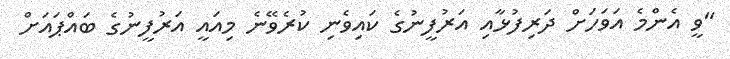
"ވީ އެންމެ އަވަހަށް ދަރިފުޅާއި އަރުފީނުގެ ކައިވެނި ކުރެވޭނެ މިއައީ އަރުފީނުގެ ބައްޕައަށް